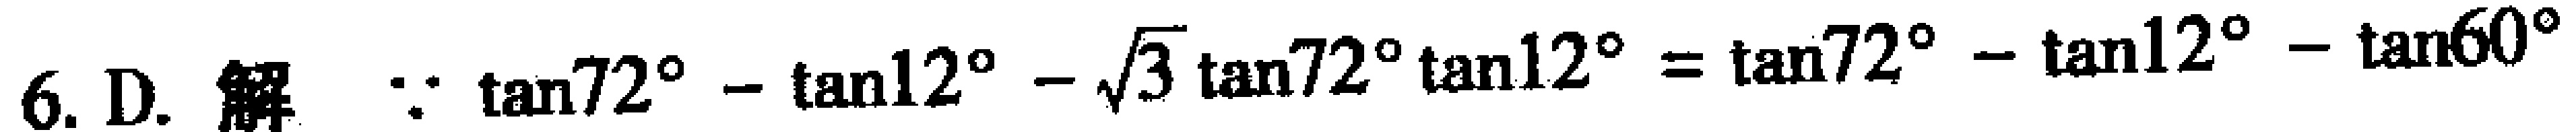
6. D. 解 $\because \tan72^{\circ}-\tan12^{\circ}-\sqrt{3}\tan72^{\circ}\tan12^{\circ}=\tan72^{\circ}-\tan12^{\circ}-\tan60^{\circ}$